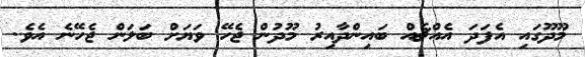
މޫދޫގައި އެފަދަ އެއްޗެއް ބައިންދާއިރު މޫދުން ޖެހޭ ވަޔަށް ބަލަން ޖެހޭނެ އެވެ.